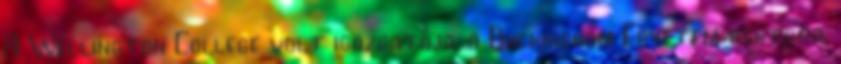
A Wellington College volt igazgatója, a Buckingham Egyetem rektora.